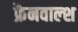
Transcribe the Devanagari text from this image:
फ्रैनवाल्श